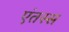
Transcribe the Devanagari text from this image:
एंतस्स